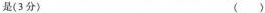
是(3分) （ ）